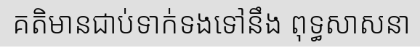
គតិមានជាប់ទាក់ទងទៅនឹង ពុទ្ធសាសនា